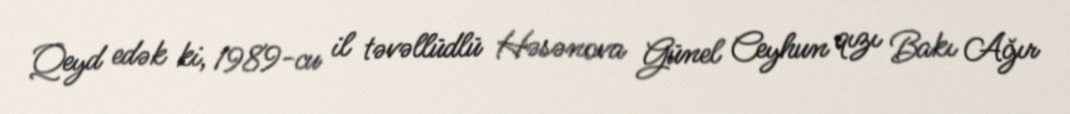
Qeyd edək ki, 1989-cu il təvəllüdlü Həsənova Günel Ceyhun qızı Bakı Ağır